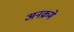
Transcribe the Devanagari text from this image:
अनक्रमे